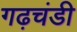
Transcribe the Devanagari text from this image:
गढ़चंडी